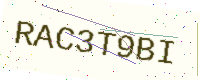
Text: RAC3T9BI